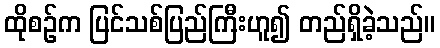
ထိုစဉ်က ပြင်သစ်ပြည်ကြီးဟူ၍ တည်ရှိခဲ့သည်။